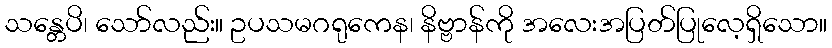
သန္တေပိ၊ သော်လည်း။ ဥပသမဂရုကေန၊ နိဗ္ဗာန်ကို အလေးအပြတ်ပြုလေ့ရှိသော။